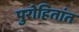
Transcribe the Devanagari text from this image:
पुरोहितांत